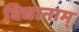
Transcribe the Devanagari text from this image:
विद्यानाम्